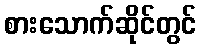
စားသောက်ဆိုင်တွင်